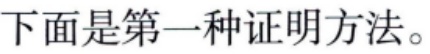
下面是第一种证明方法。